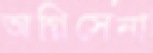
অগ্নিসেনা